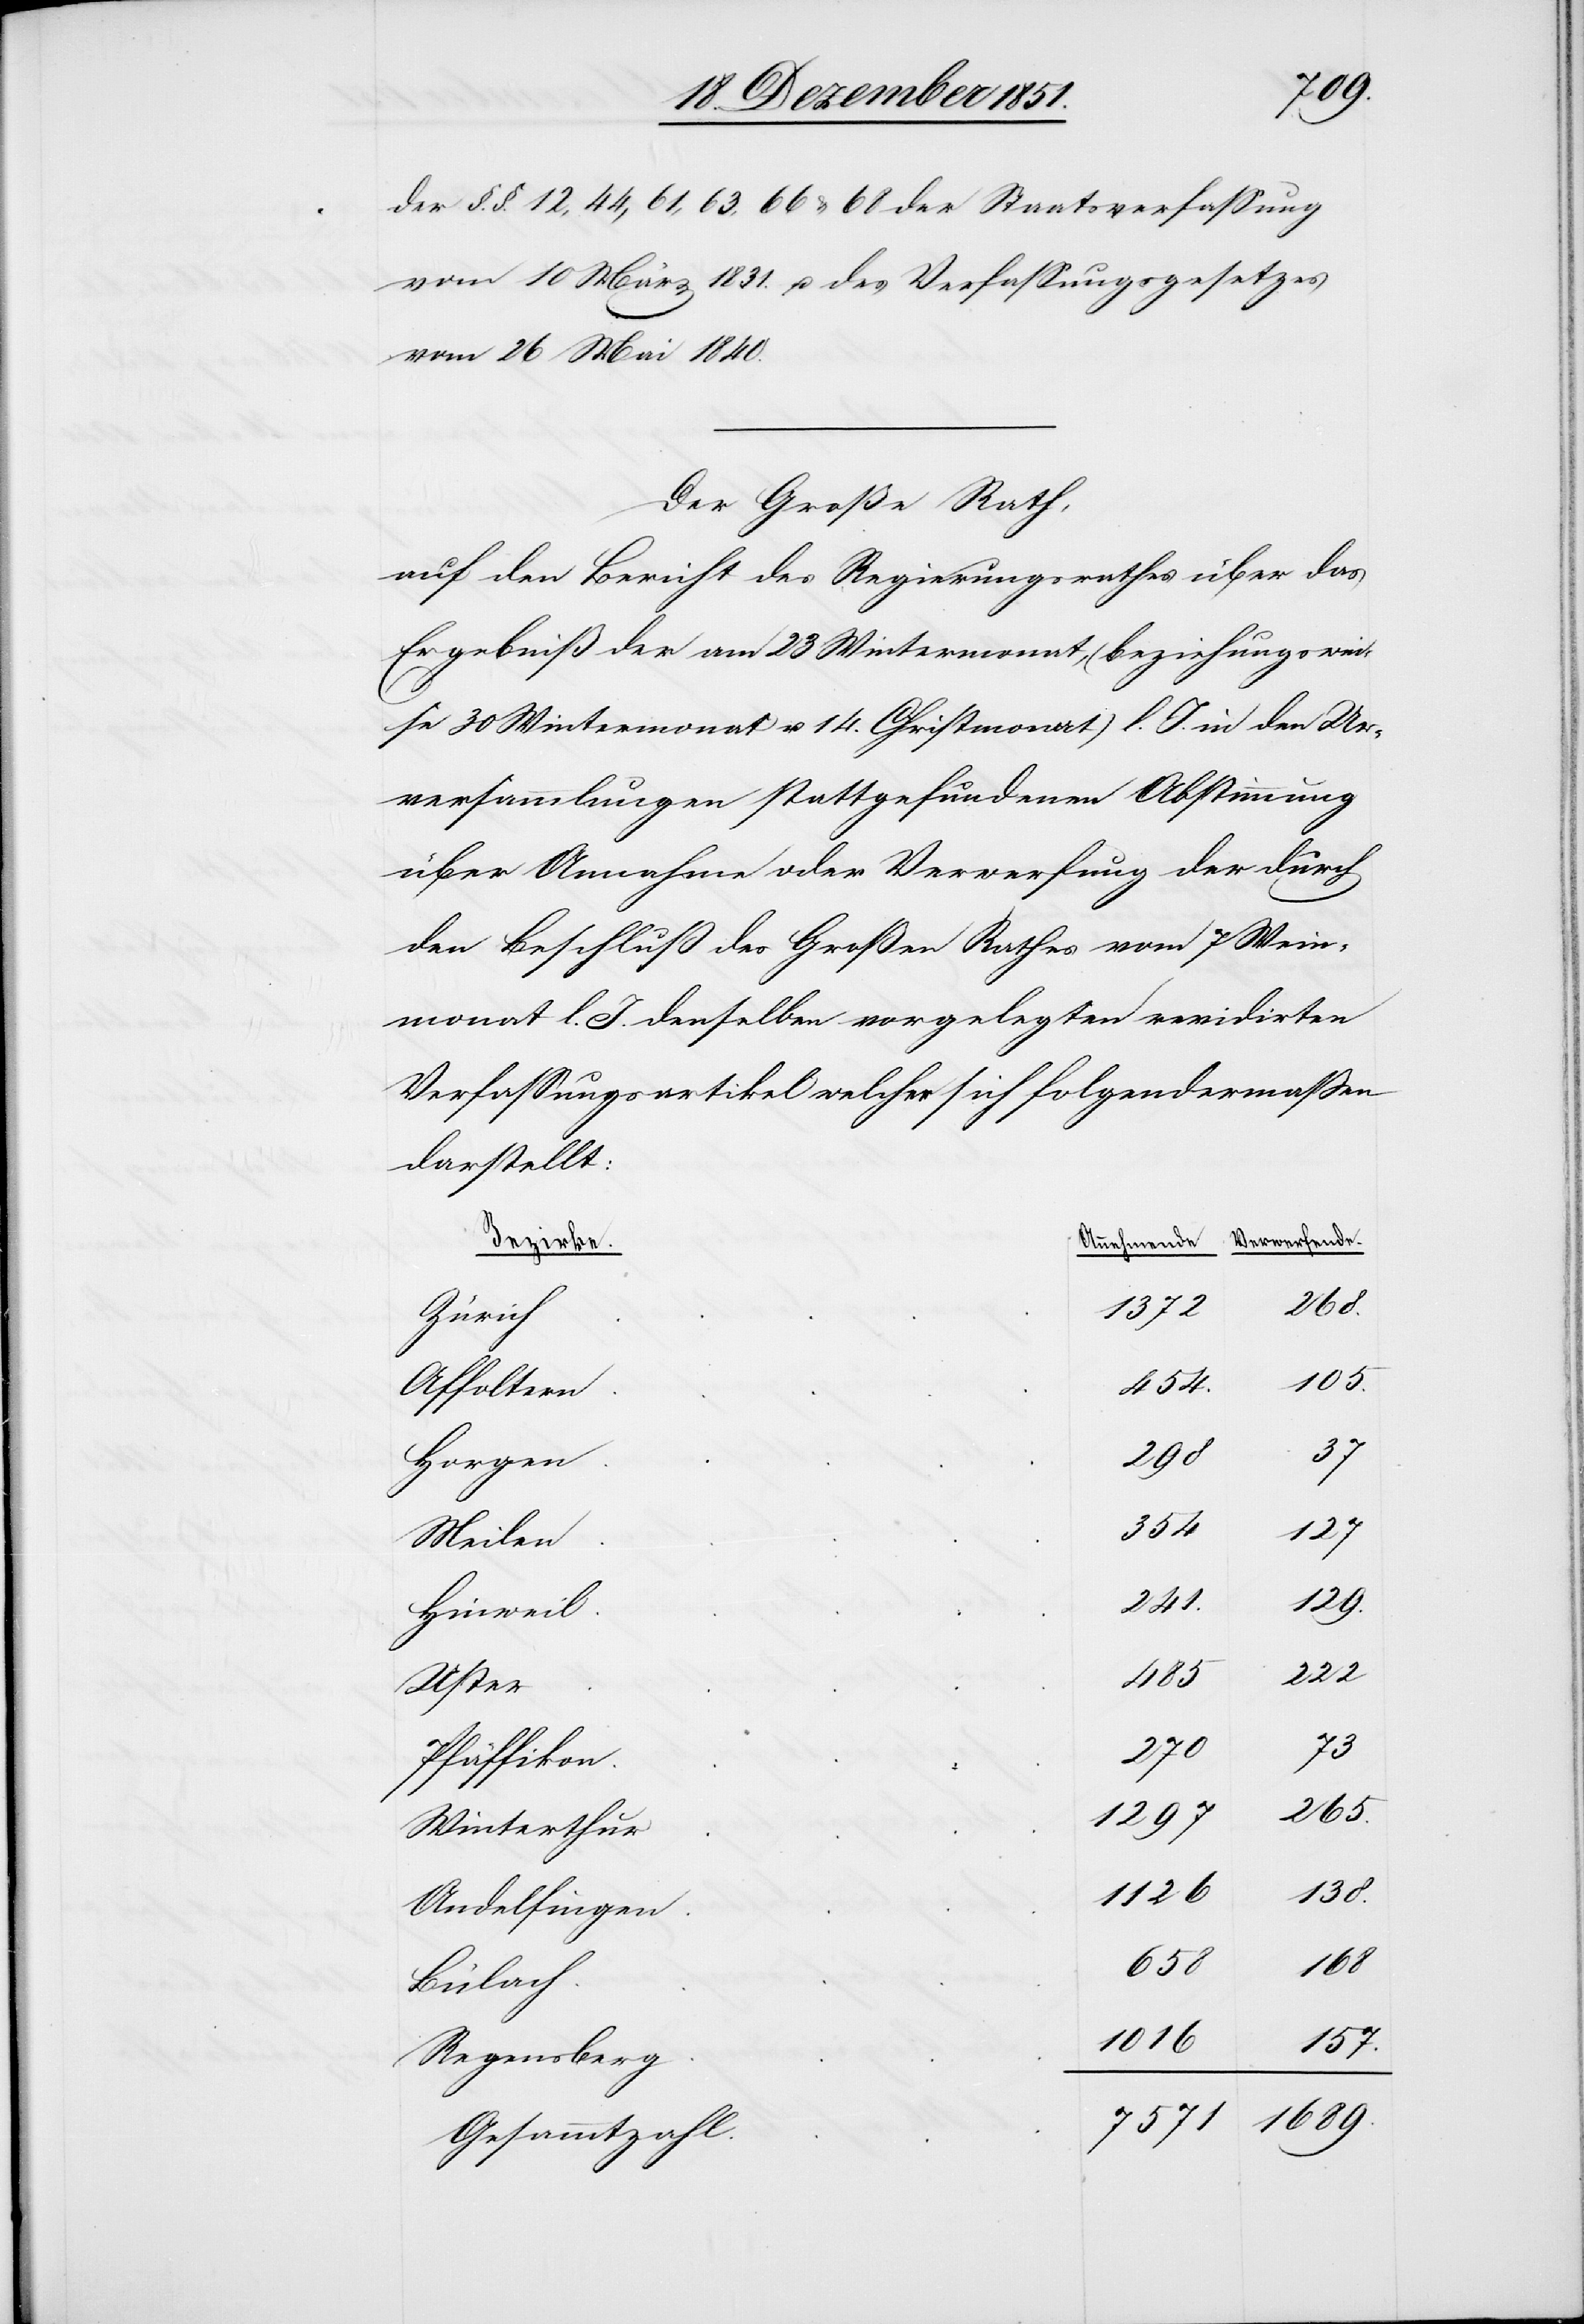
der §.§. 12, 44, 61, 63, 66 & 68 der Staatsverfassung
vom 10 März 1831. u. des Verfassungsgesetzes
vom 26 Mai 1840.
Der Große Rath,
auf den Bericht des Regierungsrathes über das
Ergebniß der am 23 Wintermonat, (beziehungswei¬
se 30 Wintermonat u. 14. Christmonat) l. J. in den Ur¬
versammlungen stattgefundenen Abstimmung
über Annahme oder Verwerfung der durch
den Beschluß des Großen Rathes vom 7 Wein¬
monat l. J. denselben vorgelegten revidirten
Verfassungsartikel welcher sich folgendermaßen
darstellt:
Bezirke.
268.
1372
Zürich
454.
Affoltern
37
105.
Horgen
354
1297
Meilen
241.
Hinweil
222
485
Uster
73
270
Pfäffikon
265.
Winterthur
1126
Andelfingen
658
Bülach
1016
157.
Regensberg
1689.
7571
Gesammtzahl